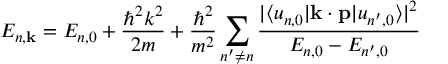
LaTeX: E _ { n , \mathbf { k } } = E _ { n , 0 } + { \frac { \hbar ^ { 2 } k ^ { 2 } } { 2 m } } + { \frac { \hbar ^ { 2 } } { m ^ { 2 } } } \sum _ { n ^ { \prime } \neq n } { \frac { | \langle u _ { n , 0 } | \mathbf { k } \cdot \mathbf { p } | u _ { n ^ { \prime } , 0 } \rangle | ^ { 2 } } { E _ { n , 0 } - E _ { n ^ { \prime } , 0 } } }